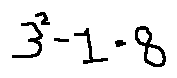
3 ^ { 2 } - 1 = 8